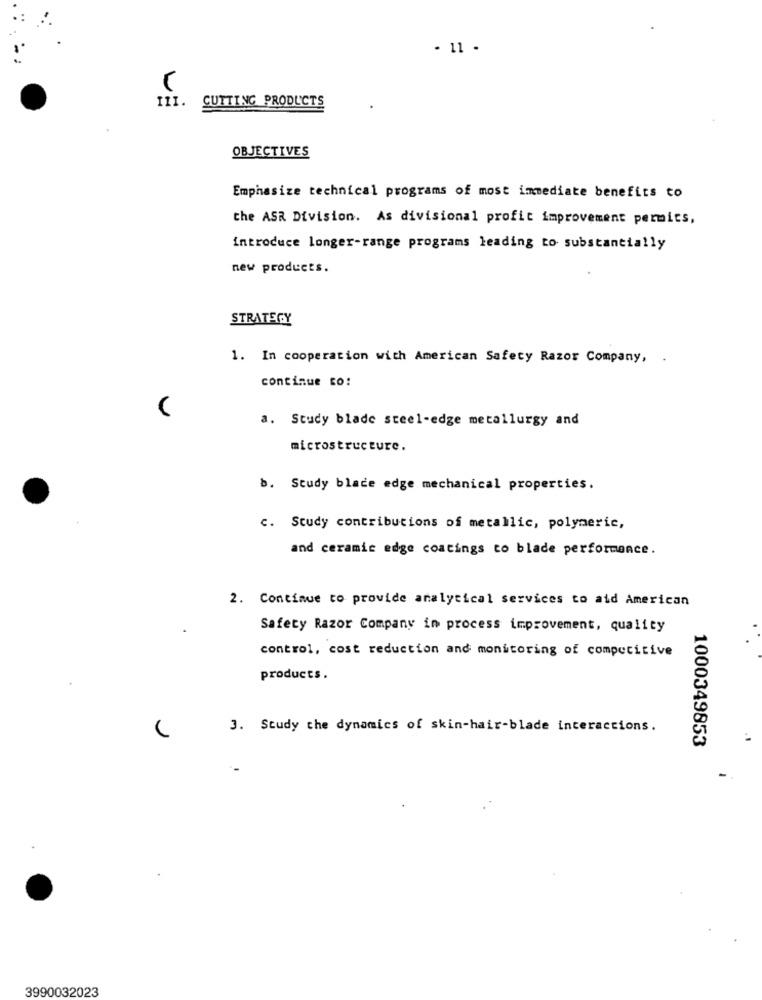
- 11 .
111.
CUTTING PRODUCTS
OBJECTIVES
Emphasize technical programs of most immediate benefits to
the ASR Division. As divisional profit improvement permics,
introduce longer-range programs leading to substantially
new products.
STRATEGY
1. In cooperation with American Safety Razor Company, .
continue to:
a. Study blade steel-edge metallurgy and
microstructure.
b. Study blade edge mechanical properties.
c. Study contributions of metallic, polymeric,
and ceramic edge coatings to blade performance.
2. Continue to provide analytical services to aid American
Safety Razor Company in process improvement, quality
control, cost reduction and monitoring of competitive
products.
3. Study the dynamics of skin-hair-blade interactions.
1000349853
3990032023